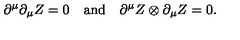
\partial ^ { \mu } \partial _ { \mu } Z = 0 \quad \mathrm { a n d } \quad \partial ^ { \mu } Z \otimes \partial _ { \mu } Z = 0 .